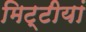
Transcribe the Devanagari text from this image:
मिट्टीयां